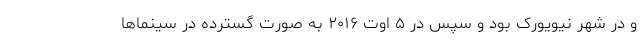
و در شهر نیویورک بود و سپس در ۵ اوت ۲۰۱۶ به صورت گسترده در سینماها